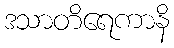
ဒသာတိရေကာနိ